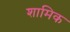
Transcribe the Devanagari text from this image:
शामिक